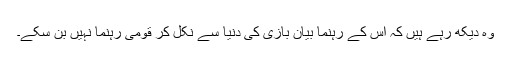
وہ دیکھ رہے ہیں کہ اس کے رہنما بیان بازی کی دنیا سے نکل کر قومی رہنما نہیں بن سکے۔